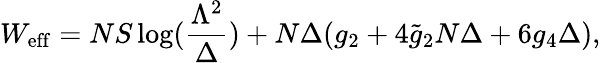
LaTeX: W_{\mathrm{eff}}=NS\log(\frac{\Lambda^{2}}{\Delta})+N\Delta(g_{2}+4\widetilde{g}_{2}N\Delta+6g_{4}\Delta),